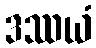
ဒဿယံ